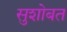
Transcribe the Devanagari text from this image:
सुशोबत